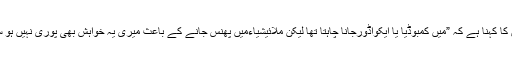
حسن کا کہنا ہے کہ ”میں کمبوڈیا یا ایکواڈورجانا چاہتا تھا لیکن ملائیشیاءمیں پھنس جانے کے باعث میری یہ خواہش بھی پوری نہیں ہو سکی۔